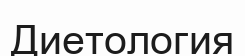
Диетология